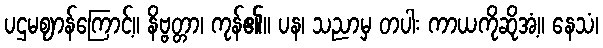
ပဌမဈာန်ကြောင့်။ နိဗ္ဗတ္တာ၊ ကုန်၏။ ပန၊ သညာမှ တပါး ကာယကိုဆိုအံ့။ နေသံ၊